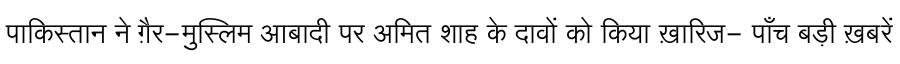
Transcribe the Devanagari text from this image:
पाकिस्तान ने ग़ैर-मुस्लिम आबादी पर अमित शाह के दावों को किया ख़ारिज- पाँच बड़ी ख़बरें